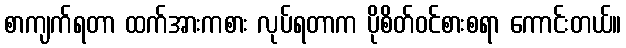
စာကျက်ရတာ ထက်အားကစား လုပ်ရတာက ပိုစိတ်ဝင်စားစရာ ကောင်းတယ်။